Eestimaa_Kommunistliku_Partei_Keskkomitee, lk 28
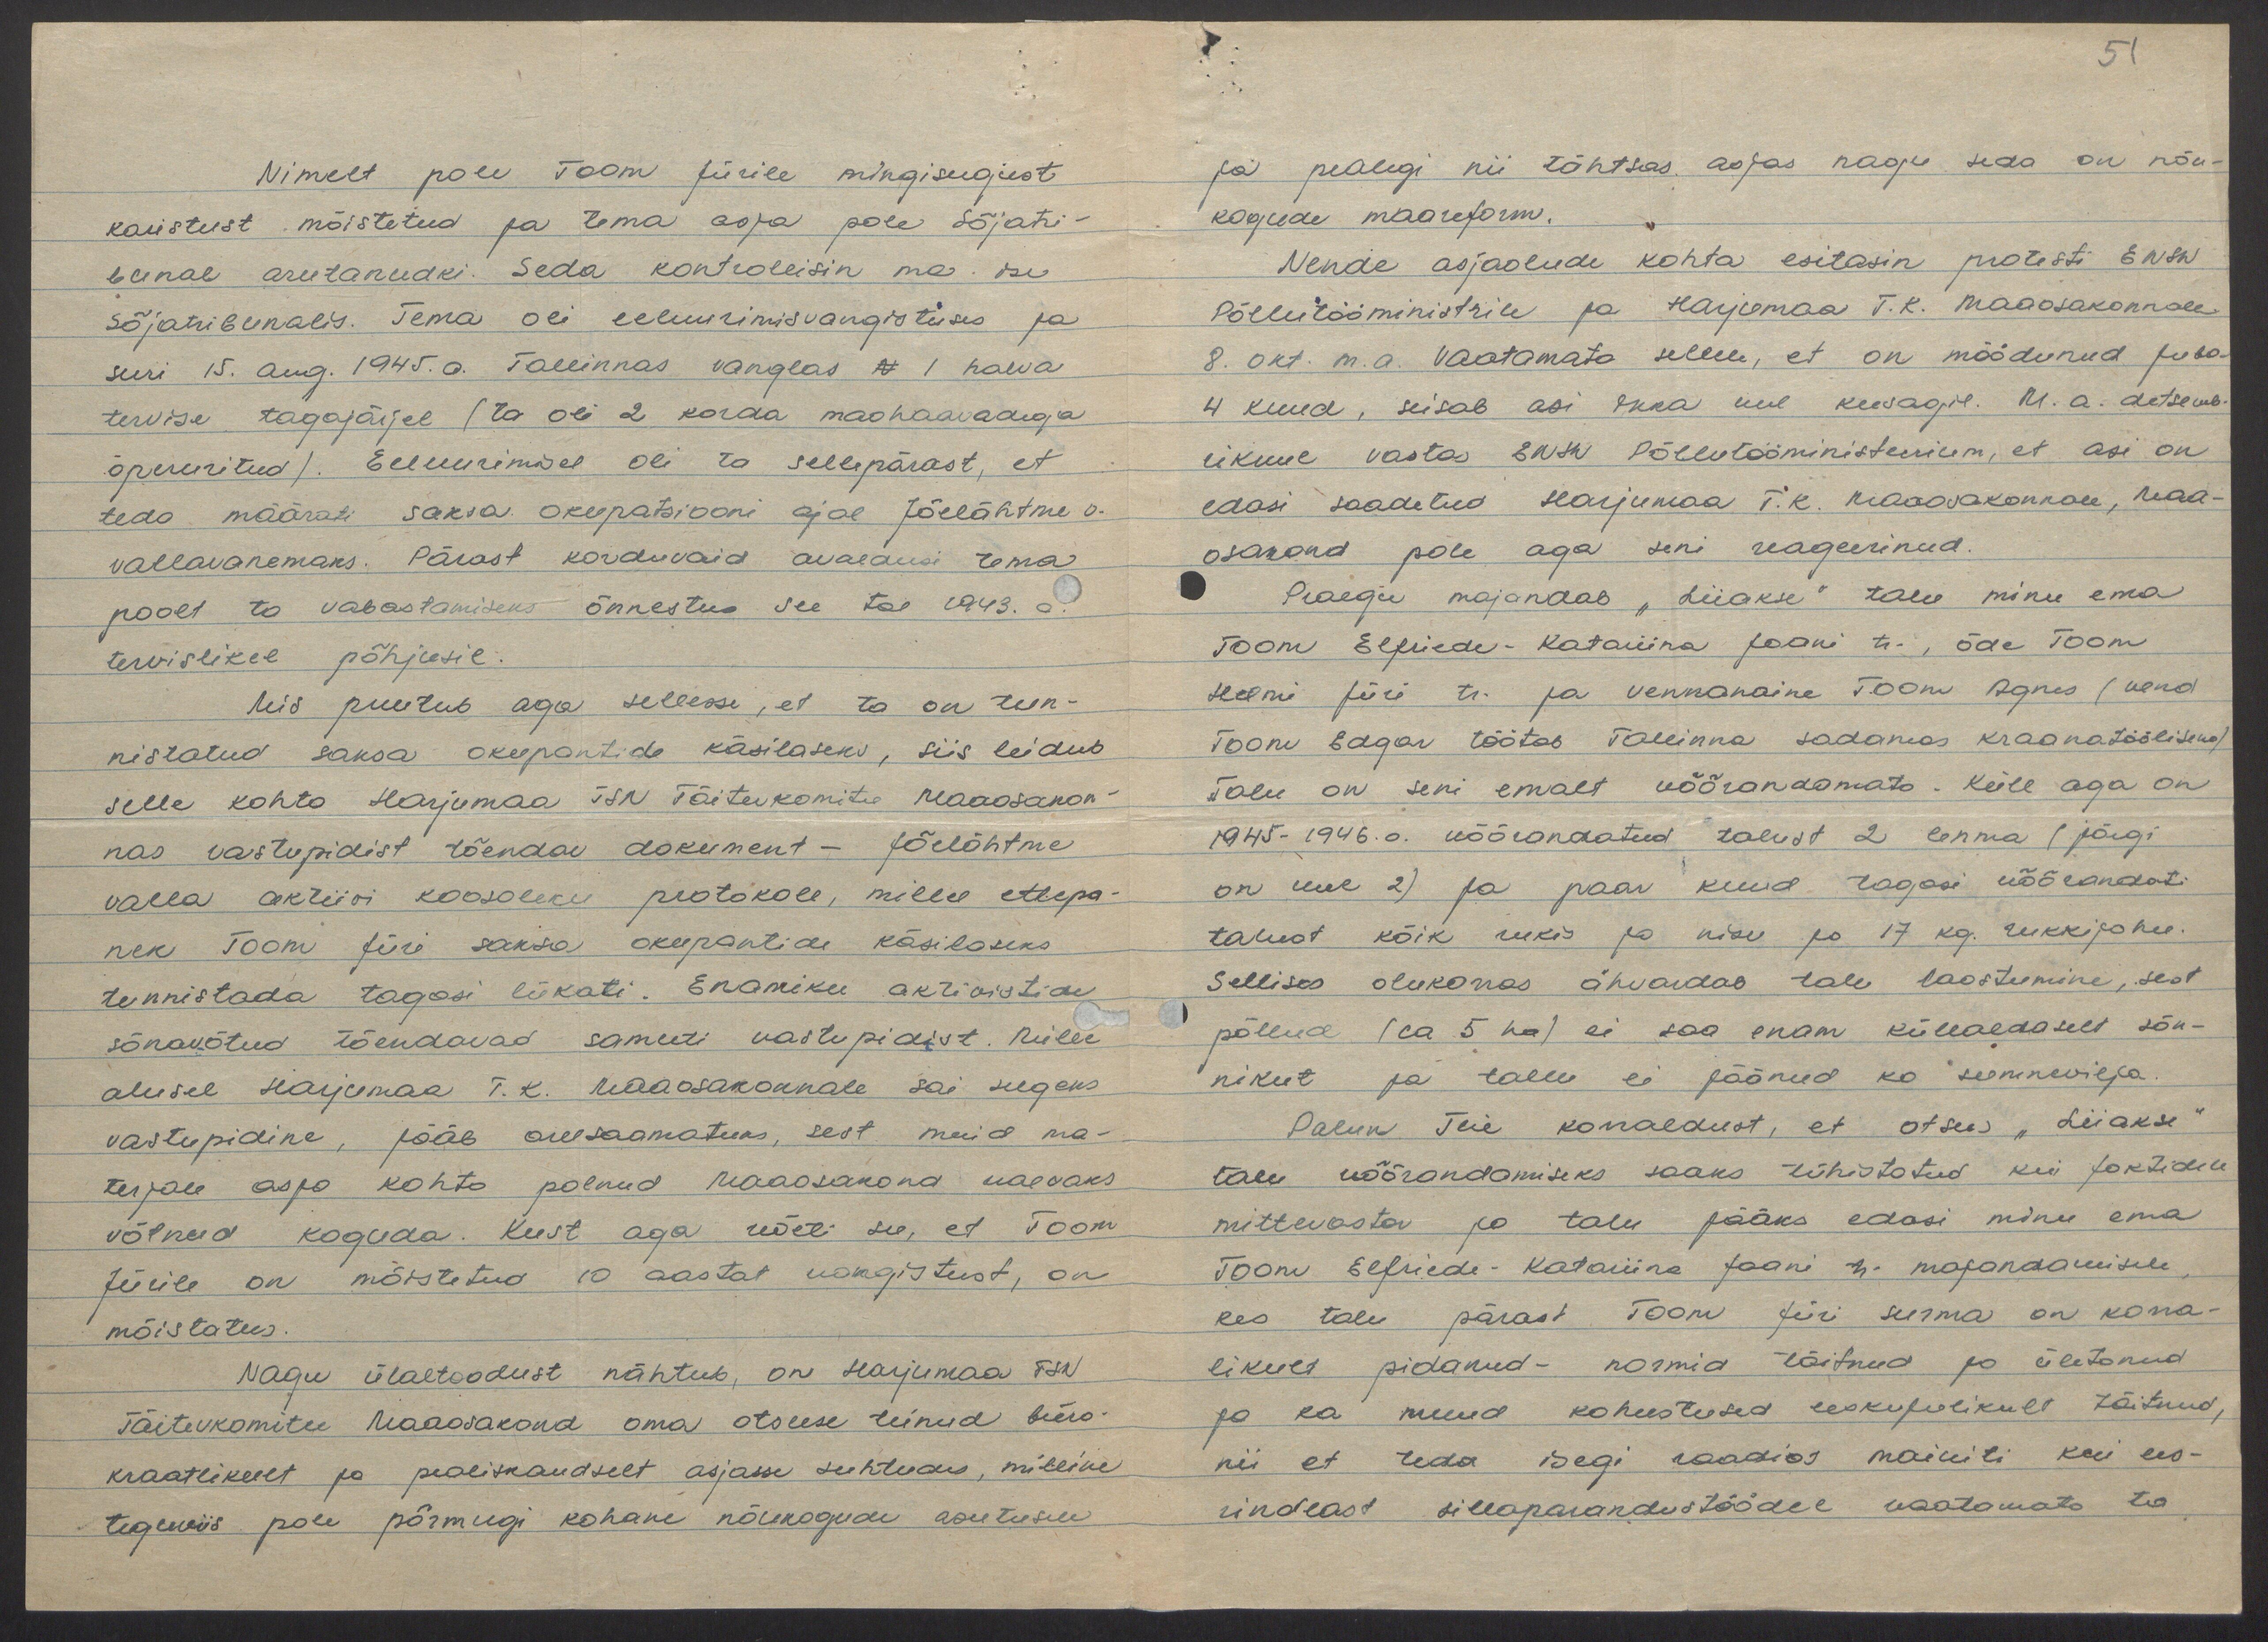
51

Nimelt pole Toom Jürile mingisugust
karistust mõistetud ja tema asja pole sõjatri-
bunal arutanudki. Seda kontrollisin ma ise
sõjatribunalis. Tema oli eeluurimisvangistuses ja
suri 15. aug. 1945. a. Tallinnas vanglas N 1 halva
tervise tagajärjel (ta oli 2 korda maohaavadega
opereeritud). Eeluurimisel oli ta sellepärast, et
teda määrati saksa okupatsiooni ajal Jõelähtme v.
vallavanemaks. Pärast korduvaid avaldusi tema
poolt ta vabastamiseks õnnestus see tal 1943. a.
tervislikel põhjusil.
Mis puutub aga sellesse, et ta on tun-
nistatud saksa okupantide käsilaseks, siis leidub
selle kohta Harjumaa TSN Täitevkomitee Maaosakon-
nas vastupidist tõendav dokument - Jõelähtme
valla aktiivi koosoleku protokoll, milles ettepa-
nek Toom Jüri saksa okupantide käsilaseks
tunnistada tagasi lükati. Enamiku aktivistide
sõnavõtud tõendavad samuti vastupidist. Mille
alusel Harjumaa T.K. Maaosakonnale sai selgeks
vastupidine, jääb arusaamatuks, sest muid ma-
terjale asja kohta polnud Maaosakond vaevaks
võtnud koguda. Kust aga võeti see, et Toom
Jürile on mõistetud 10 aastat vangistust, on
mõistatus.
Nagu ülaltoodust nähtub, on Harjumaa TSN
Täitevkomitee Maaosakond oma otsuse teinud büro-
kraatlikult ja pealiskaudselt asjasse suhtudes, milline
teguviis pole põrmugi kohane nõukogude asutusele.

ja pealegi nii tähtsas asjas nagu seda on nõu-
kogude maareform.
Nende asjaolude kohta esitasin protesti ENSW
Põllutööministrile ja Harjumaa T.K. Maaosakonnale
8. okt. m.a. Vaatamata sellele, et on möödunud juba
4 kuud, seisab asi ikka veel kusagil. M. a. detsemb-
rikuul vastas ENSW Põllutööministeerium, et asi on
edasi saadetud Harjumaa T.K. Maaosakonnale, Maa-
osakond pole aga seni reageerinud.
Praegu majandab "Liiakse" talu minu ema
Toom Elfriede-Katariina Jaani tr., õde Toom
Helmi Jüri tr. ja vennanaine Toom Agnes (vend
Toom Edgar töötab Tallinna sadamas kraanatöölisena)
Talu on seni emalt võõrandamata. Küll aga on
1945-1946.a. võõrandatud talust 2 lehma (järgi
on veel 2) ja paar kuud tagasi võõrandati
talust kõik rukis ja nisu ja 17 kg. rukkijahu.
Sellises olukorras ähvardab talu laostumine, sest
põllud (ca 5 ha) ei saa enam küllaldaselt sõn-
nikut ja tallu ei jäänud ka seemnevilja.
Palun Teie korraldust, et otsus "Liiakse"
talu võõrandamiseks saaks tühistatud kui faktidele
mittevastav ja talu jääks edasi minu ema
Toom Elfriede-Katariina Jaani tr. majandamisele
kes talu pärast Toom Jüri surma on korra-
likult pidanud - normid täitnud ja ületanud
ja ka muud kohustused eeskujulikult täitnud,
nii et teda isegi raadios mainiti kui ees-
rindlast sillaparandustöödel vaatamata ta